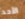
الأحد